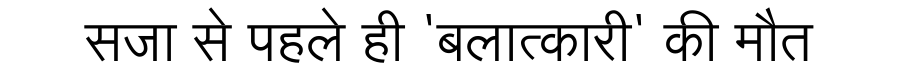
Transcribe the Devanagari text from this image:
सजा से पहले ही 'बलात्कारी' की मौत